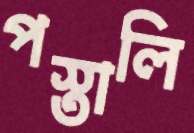
পস্তালি